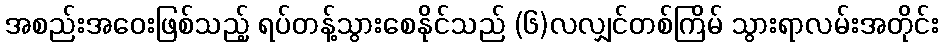
အစည်းအဝေးဖြစ်သည့် ရပ်တန့်သွားစေနိုင်သည် (၆)လလျှင်တစ်ကြိမ် သွားရာလမ်းအတိုင်း